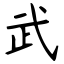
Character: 武